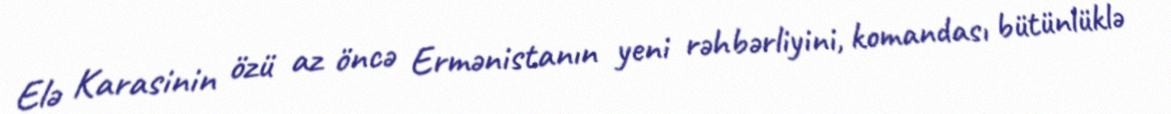
Elə Karasinin özü az öncə Ermənistanın yeni rəhbərliyini, komandası bütünlüklə